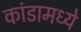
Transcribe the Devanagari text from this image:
कांडामध्ये